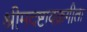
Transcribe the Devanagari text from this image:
श्रीमदष्टावक्रगीता